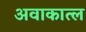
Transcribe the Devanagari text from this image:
अवाकात्ल